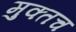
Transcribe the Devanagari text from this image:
मुक्तच